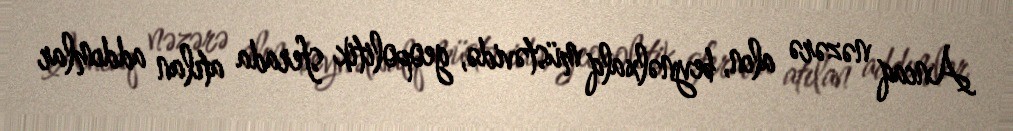
Ancaq nəzərə alın, beynəlxalq müstəvidə, geopolitik sferada atılan addımlar